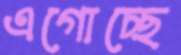
এগোচ্ছে